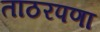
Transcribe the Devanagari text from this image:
ताठरपणा